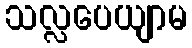
သလ္လပေယျာမ